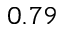
0 . 7 9